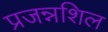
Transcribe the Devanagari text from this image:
प्रजन्नशिल